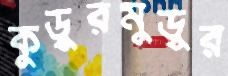
কুড়ুরমুড়ুর